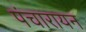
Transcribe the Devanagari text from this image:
पंचारायन